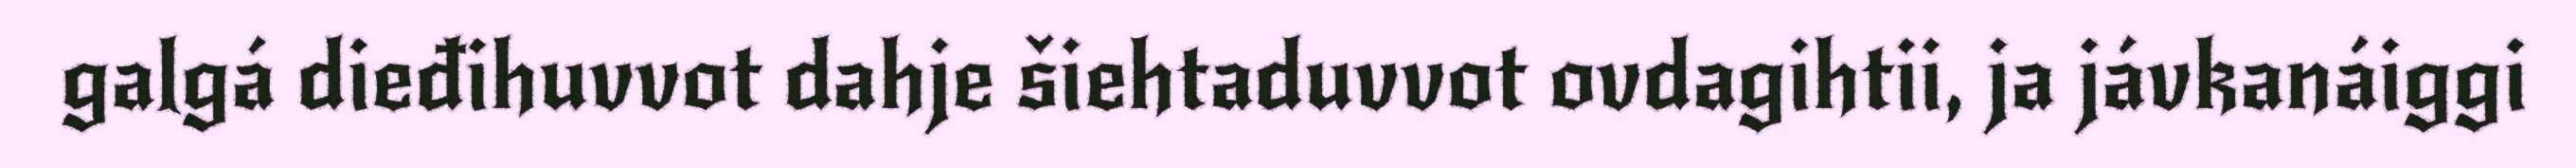
galgá dieđihuvvot dahje šiehtaduvvot ovdagihtii, ja jávkanáiggi